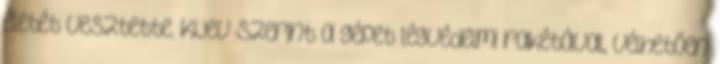
életét vesztette. Kijev szerint a gépet légvédelmi rakétával, vélhetően